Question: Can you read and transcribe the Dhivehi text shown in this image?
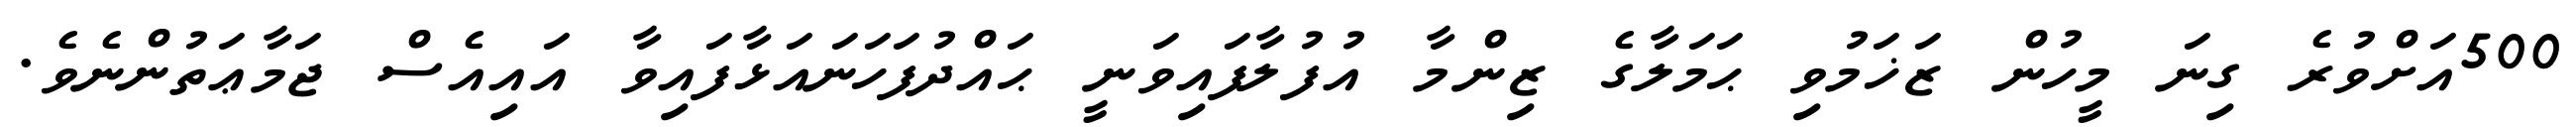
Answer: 500އަށްވުރެ ގިނަ މީހުން ޒަޚަމުވި ޙަމަލާގެ ޒިންމާ އުފުލާފައިވަނީ ޙައްދުފަހަނައަޅާފައިވާ އައިއެސް ޖަމާޢަތުންނެވެ.